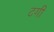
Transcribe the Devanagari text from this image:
टिंगी